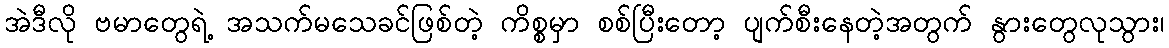
အဲဒီလို ဗမာတွေရဲ့ အသက်မသေခင်ဖြစ်တဲ့ ကိစ္စမှာ စစ်ပြီးတော့ ပျက်စီးနေတဲ့အတွက် နွားတွေလုသွား၊